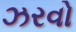
ઝરવો